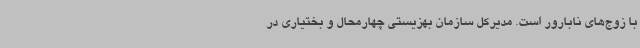
با زوج‌های نابارور است. مدیرکل سازمان بهزیستی چهارمحال و بختیاری در